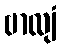
ဗာလျံ